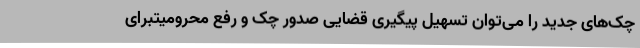
چک‌های جدید را می‌توان تسهیل پیگیری قضایی صدور چک و رفع محرومیتبرای